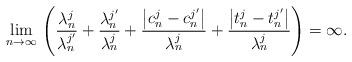
LaTeX: \begin{align*}\lim_{n\to\infty}\,\left(\frac{\lambda^j_n}{\lambda_n^{j'}}+\frac{\lambda^{j'}_n}{\lambda^j_n}+\frac{\left|c^j_n-c^{j'}_n\right|}{\lambda^j_n}+\frac{\left|t^j_n-t^{j'}_n\right|}{\lambda^j_n}\right)=\infty.\end{align*}